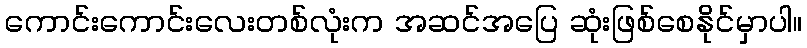
ကောင်းကောင်းလေးတစ်လုံးက အဆင်အပြေ ဆုံးဖြစ်စေနိုင်မှာပါ။